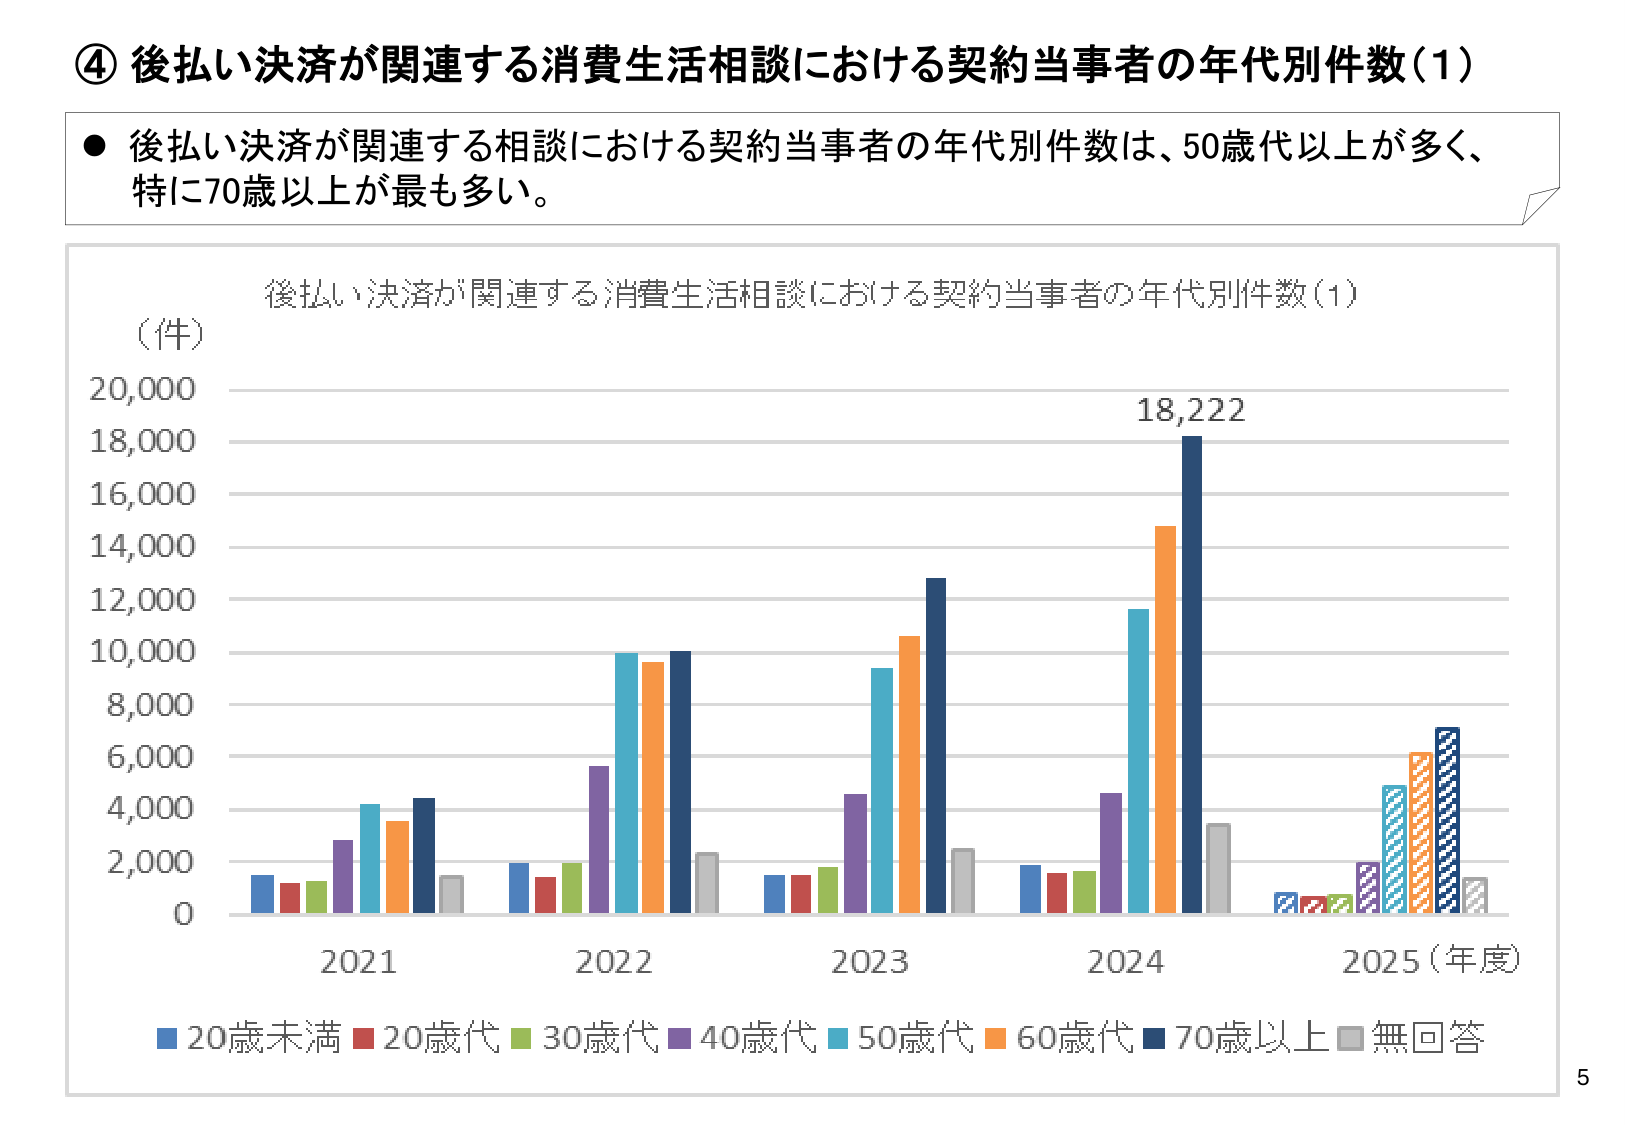
④ 後払い決済が関連する消費生活相談における契約当事者の年代別件数（1）

● 後払い決済が関連する相談における契約当事者の年代別件数は、50歳代以上が多く、
特に70歳以上が最も多い。

（件）
20,000
18,000
16,000
14,000
12,000
10,000
8,000
6,000
4,000
2,000
0

後払い決済が関連する消費生活相談における契約当事者の年代別件数（1）

18,222

2021
2022
2023
2024
2025（年度）

■ 20歳未満 ■ 20歳代 ■ 30歳代 ■ 40歳代 ■ 50歳代 ■ 60歳代 ■ 70歳以上 ■ 無回答

5